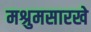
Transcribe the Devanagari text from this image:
मश्रुमसारखे